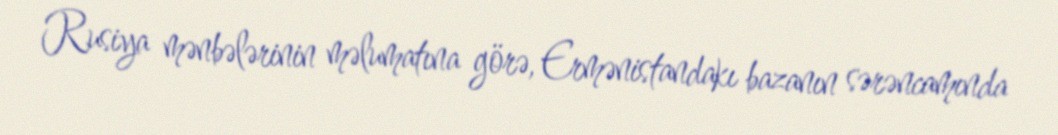
Rusiya mənbələrinin məlumatına görə, Ermənistandakı bazanın sərəncamında